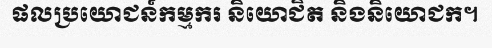
ផលប្រយោជន៍កម្មករ និយោជិត និងនិយោជក។